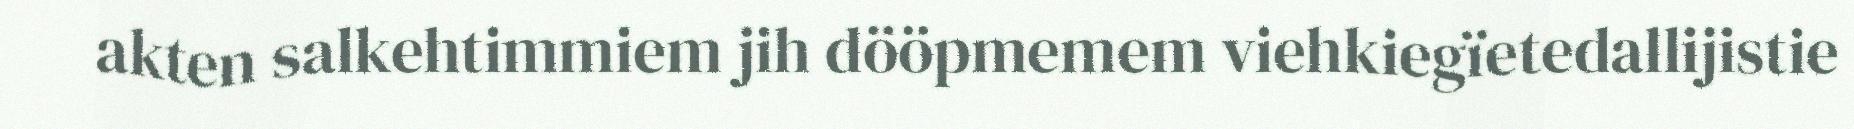
akten salkehtimmiem jih dööpmemem viehkiegïetedallijistie